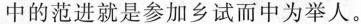
中的范进就是参加乡试而中为举人。